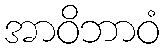
အာဝိဘာဝံ